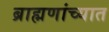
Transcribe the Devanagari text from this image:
ब्राह्मणांच्यात